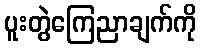
ပူးတွဲကြေညာချက်ကို